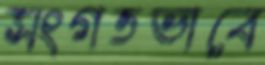
সংগতভাবে